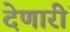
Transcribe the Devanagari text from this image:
देणारीं